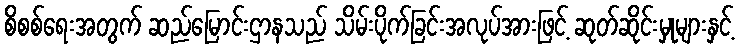
စိစစ်ရေးအတွက် ဆည်မြောင်းဌာနသည် သိမ်းပိုက်ခြင်းအလုပ်အားဖြင့် ဆုတ်ဆိုင်းမှုများနှင့်